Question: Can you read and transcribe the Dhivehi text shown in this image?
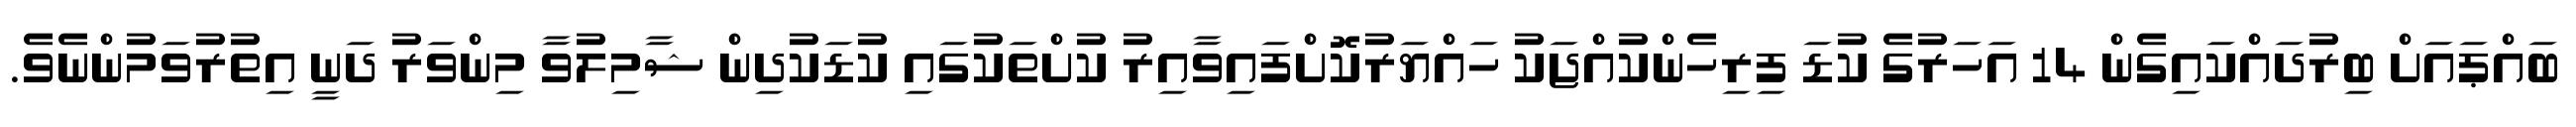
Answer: ބައްޕައަށް ބިރުދައްކައިގެން 14 އަހަރުގެ ކުޑަ ފިރިހެންކުއްޖަކު ހައްޔަރުކޮށްފައިވާއިރު ކުށްތަކުގައި ކުޑަކުދިން ޝާމިލުވާ މިންވަރު ދަނީ އިތުރުވަމުންނެވެ.